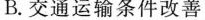
B.交通运输条件改善